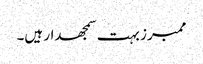
ممبرز بہت سمجھدار ہیں۔